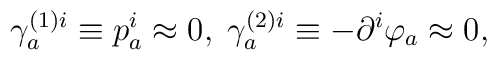
\gamma _{a}^{(1)i}\equiv p_{a}^{i}\approx 0,\;\gamma _{a}^{(2)i}\equiv-\partial ^{i}\varphi _{a}\approx 0,